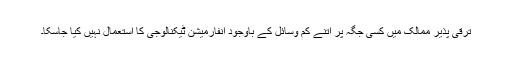
ترقی پذیر ممالک میں کسی جگہ پر اتنے کم وسائل کے باوجود انفارمیشن ٹیکنالوجی کا استعمال نہیں کیا جاسکا۔